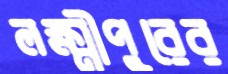
লক্ষ্মীপুরের